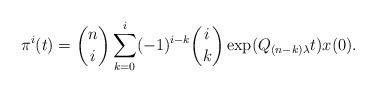
LaTeX: \begin{align*}\pi^i(t)={n \choose i}\sum_{k=0}^i(-1)^{i-k}{i\choose k}\exp(Q_{(n-k)\lambda}t)x(0).\end{align*}